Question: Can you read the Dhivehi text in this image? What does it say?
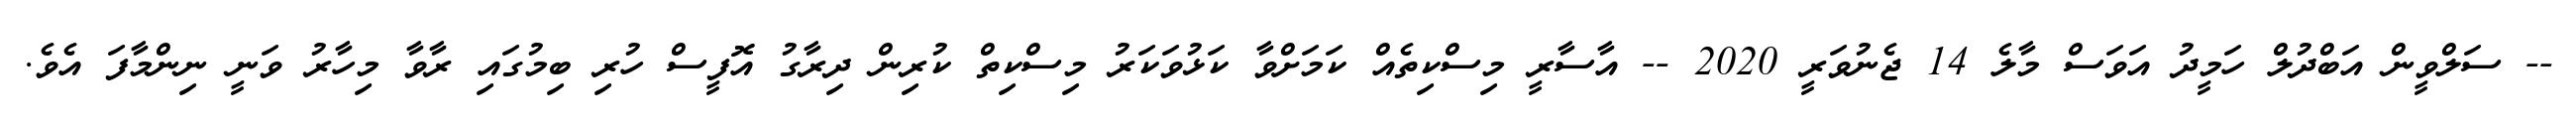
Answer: -- ސަލްވީން އަބްދުލް ހަމީދު އަވަސް މާލެ 14 ޖެނުވަރީ 2020 -- އާސާރީ މިސްކިތެއް ކަމަށްވާ ކަޅުވަކަރު މިސްކިތް ކުރިން ދިރާގު އޮފީސް ހުރި ބިމުގައި ރާވާ މިހާރު ވަނީ ނިންމާފަ އެވެ.